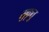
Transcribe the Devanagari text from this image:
सुकृतु